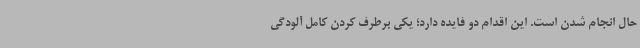
حال انجام شدن است. این اقدام دو فایده دارد؛ یکی برطرف کردن کامل آلودگی